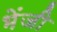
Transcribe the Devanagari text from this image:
भेंजी